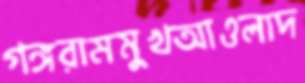
গঙ্গরামমুখআওলাদ